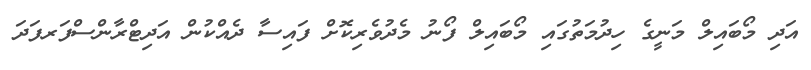
އަދި މޯބައިލް މަނީގެ ހިދުމަތުގައި މޯބައިލް ފޯނު މެދުވެރިކޮށް ފައިސާ ދެއްކުން އަދިޓްރާންސްފަރފަދަ